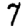
Digit: 7